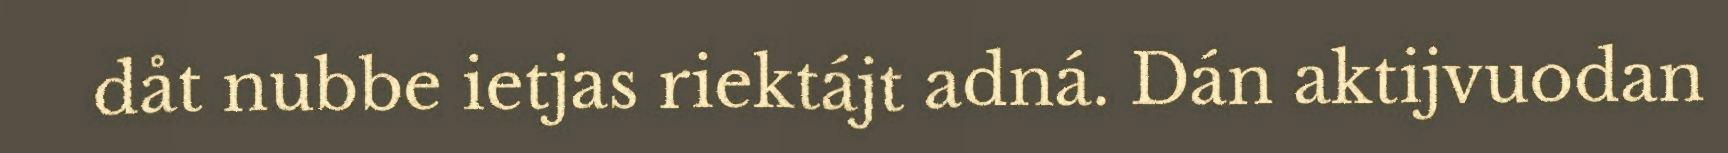
dåt nubbe ietjas riektájt adná. Dán aktijvuodan